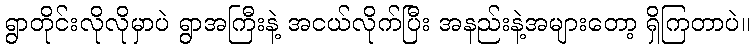
ရွာတိုင်းလိုလိုမှာပဲ ရွာအကြီးနဲ့ အငယ်လိုက်ပြီး အနည်းနဲ့အများတော့ ရှိကြတာပဲ။